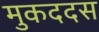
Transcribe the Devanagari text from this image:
मुकददस